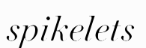
spikelets